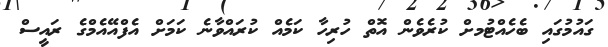
ގައުމުގައި ބެހެއްޓުމށް ކުރެވެން އޮތް ހުރިހާ ކަމެއް ކުރައްވާނެ ކަމަށް އެފްއޭއެމްގެ ރައީސް